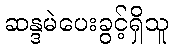
ဆန္ဒမဲပေးခွင့်ရှိသူ